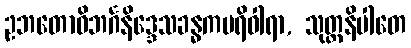
ဥဘတောဝိဘင်္ဂနိဒ္ဒေသခန္ဓကပရိဝါရာ, သုတ္တနိပါတေ